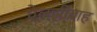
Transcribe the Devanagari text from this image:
ऐलझ़ीबाह